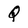
Character: Q